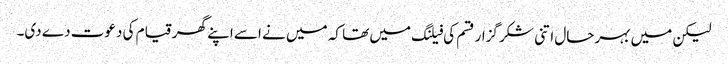
لیکن میں بہرحال اتنی شکر گزار قسم کی فیلنگ میں تھا کہ میں نے اسے اپنے گھر قیام کی دعوت دے دی۔